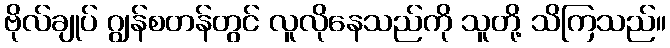
ဗိုလ်ချုပ် ဂျွန်စတန်တွင် လူလိုနေသည်ကို သူတို့ သိကြသည်။